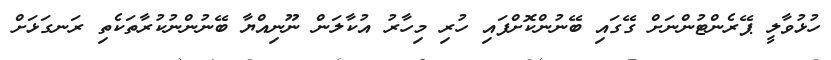
ހުޅުވާލީ ޕޭރެންޓުންނަށް ގޭގައި ބޭނުންކޮށްފައި ހުރި މިހާރު އުކާލަން ނޫނިއްޔާ ބޭނުންނުކުރާތަކެތި ރަނގަޅަށް